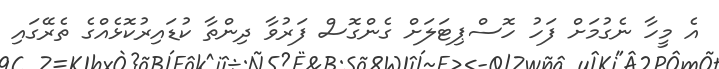
އެ މީހާ ނެގުމަށް ފަހު ހޮސްޕިޓަލަށް ގެންގޮސް ފަރުވާ ދިންތާ ކުޑައިރުކޮޅެއްގެ ތެރޭގައި